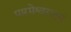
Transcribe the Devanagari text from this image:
पारमेश्वरादयं